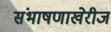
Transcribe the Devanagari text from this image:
संभाषणाखेरीज